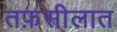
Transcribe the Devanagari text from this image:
तफ़सीलात